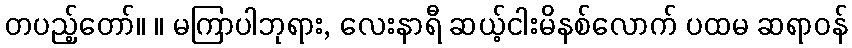
တပည့်တော်။ ။ မကြာပါဘုရား, လေးနာရီ ဆယ့်ငါးမိနစ်လောက် ပထမ ဆရာဝန်